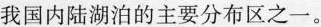
我国内陆湖泊的主要分布区之一。